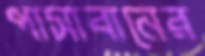
পাসাবানের